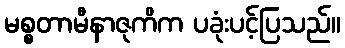
မစ္စတာမီနာဇုကိက ပခုံးပင့်ပြသည်။